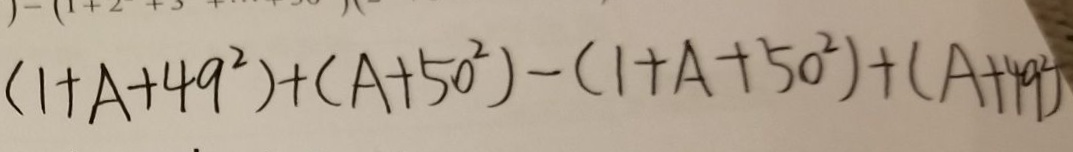
( 1 + A + 4 9 ^ { 2 } ) + ( A + 5 0 ^ { 2 } ) - ( 1 + A + 5 0 ^ { 2 } ) + ( A + 4 9 ^ { 2 } )